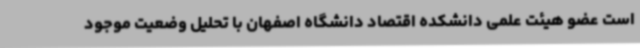
است عضو هیئت علمی دانشکده اقتصاد دانشگاه اصفهان با تحلیل وضعیت موجود